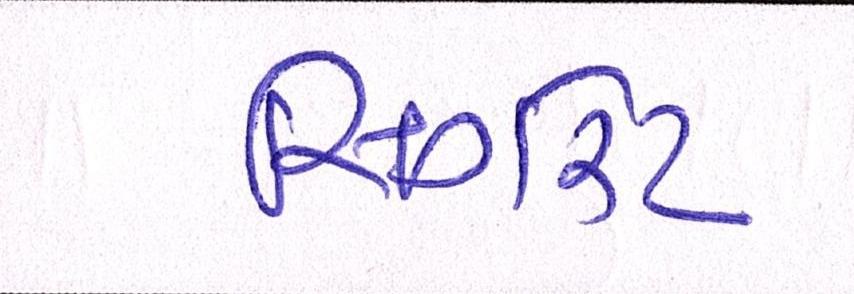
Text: સિગરેટ